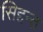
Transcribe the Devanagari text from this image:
सिद्दन्त